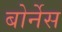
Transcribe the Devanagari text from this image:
बोर्नेस